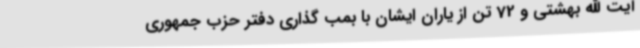
آیت الله بهشتی و 72 تن از یاران ایشان با بمب گذاری دفتر حزب جمهوری